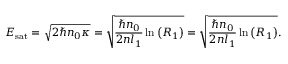
E _ { \mathrm { s a t } } = \sqrt { 2 \hbar n _ { 0 } \kappa } = \sqrt { \frac { \hbar n _ { 0 } } { 2 n l _ { 1 } } \ln \left( R _ { 1 } \right) } = \sqrt { \frac { \hbar n _ { 0 } } { 2 n l _ { 1 } } \ln \left( R _ { 1 } \right) } .